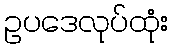
ဥပဒေလုပ်ထုံး